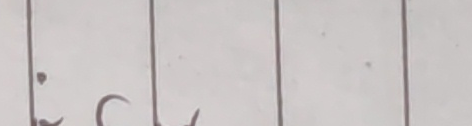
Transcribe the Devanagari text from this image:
सल